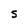
Character: S